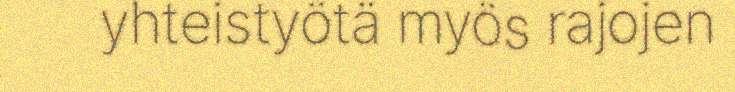
yhteistyötä myös rajojen